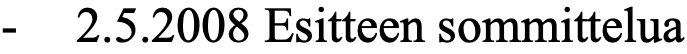
-  2.5.2008 Esitteen sommittelua